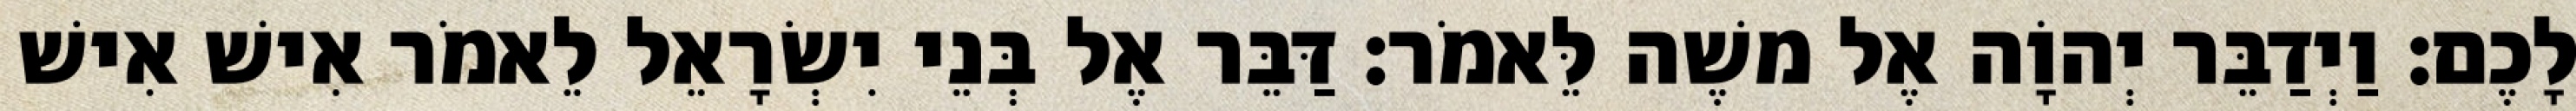
לָכֶם׃ וַיְדַבֵּר יְהוָֹה אֶל משֶׁה לֵּאמֹר׃ דַּבֵּר אֶל בְּנֵי יִשְׂרָאֵל לֵאמֹר אִישׁ אִישׁ